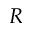
R